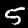
Label: 5